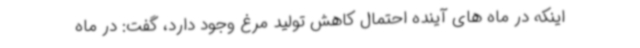
اینکه در ماه های آینده احتمال کاهش تولید مرغ وجود دارد، گفت: در ماه